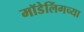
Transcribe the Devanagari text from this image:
मॉडेलिंगच्या